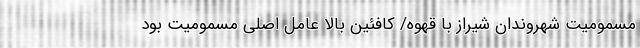
مسمومیت شهروندان شیراز با قهوه/ کافئین بالا عامل اصلی مسمومیت بود